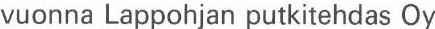
vuonna Lappohjan putkitehdas Oy